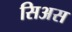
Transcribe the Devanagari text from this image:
सिअस